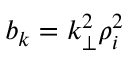
b _ { k } = k _ { \perp } ^ { 2 } \rho _ { i } ^ { 2 }